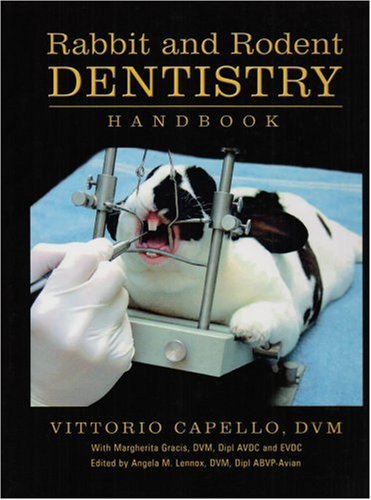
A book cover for Rabbit and Rodent Dentistry Handbook; Vittorio Capello; Medical Books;